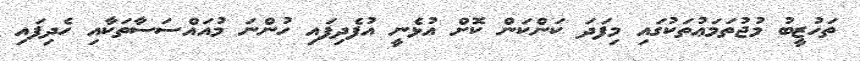
ތަހުޒީބު މުޖުތަމަޢުތަކުގައި މިފަދަ ކަންކަން ކޮށް އުޅެނީ އުފެދިފައި ހުންނަ މުއައްސަސާތަކާއި ހެދިފައި